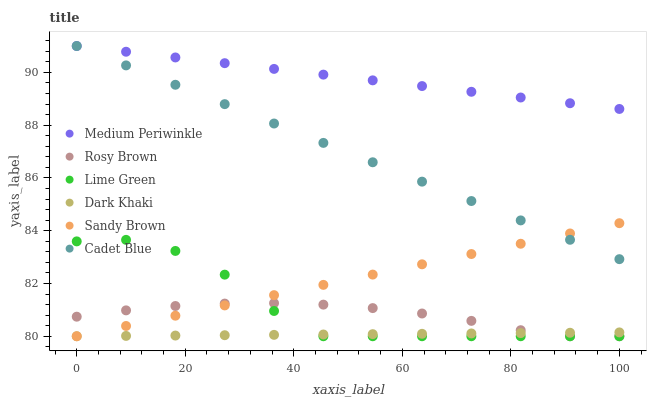
| xaxis_label | Medium Periwinkle | Rosy Brown | Lime Green | Dark Khaki | Sandy Brown | Cadet Blue |
 | --- | --- | --- | --- | --- | --- | --- |
 | 0 | 91 | 80.7 | 83.6 | 80 | 80 | 91 |
 | 9.09 | 90.8 | 81 | 83.7 | 80 | 80.4 | 90.3 |
 | 18.2 | 90.6 | 81.1 | 83.2 | 80 | 80.8 | 89.5 |
 | 27.3 | 90.3 | 81.2 | 82.3 | 80 | 81.2 | 88.8 |
 | 36.4 | 90.1 | 81.3 | 81 | 80.1 | 81.6 | 88.1 |
 | 45.5 | 89.9 | 81.2 | 80 | 80.1 | 81.9 | 87.3 |
 | 54.5 | 89.7 | 81.1 | 80 | 80.1 | 82.3 | 86.6 |
 | 63.6 | 89.5 | 80.9 | 80 | 80.1 | 82.7 | 85.9 |
 | 72.7 | 89.3 | 80.6 | 80 | 80.1 | 83.1 | 85.1 |
 | 81.8 | 89 | 80.2 | 80 | 80.1 | 83.5 | 84.4 |
 | 90.9 | 88.8 | 80 | 80 | 80.1 | 83.9 | 83.7 |
 | 100 | 88.6 | 80 | 80 | 80.1 | 84.3 | 82.9 |